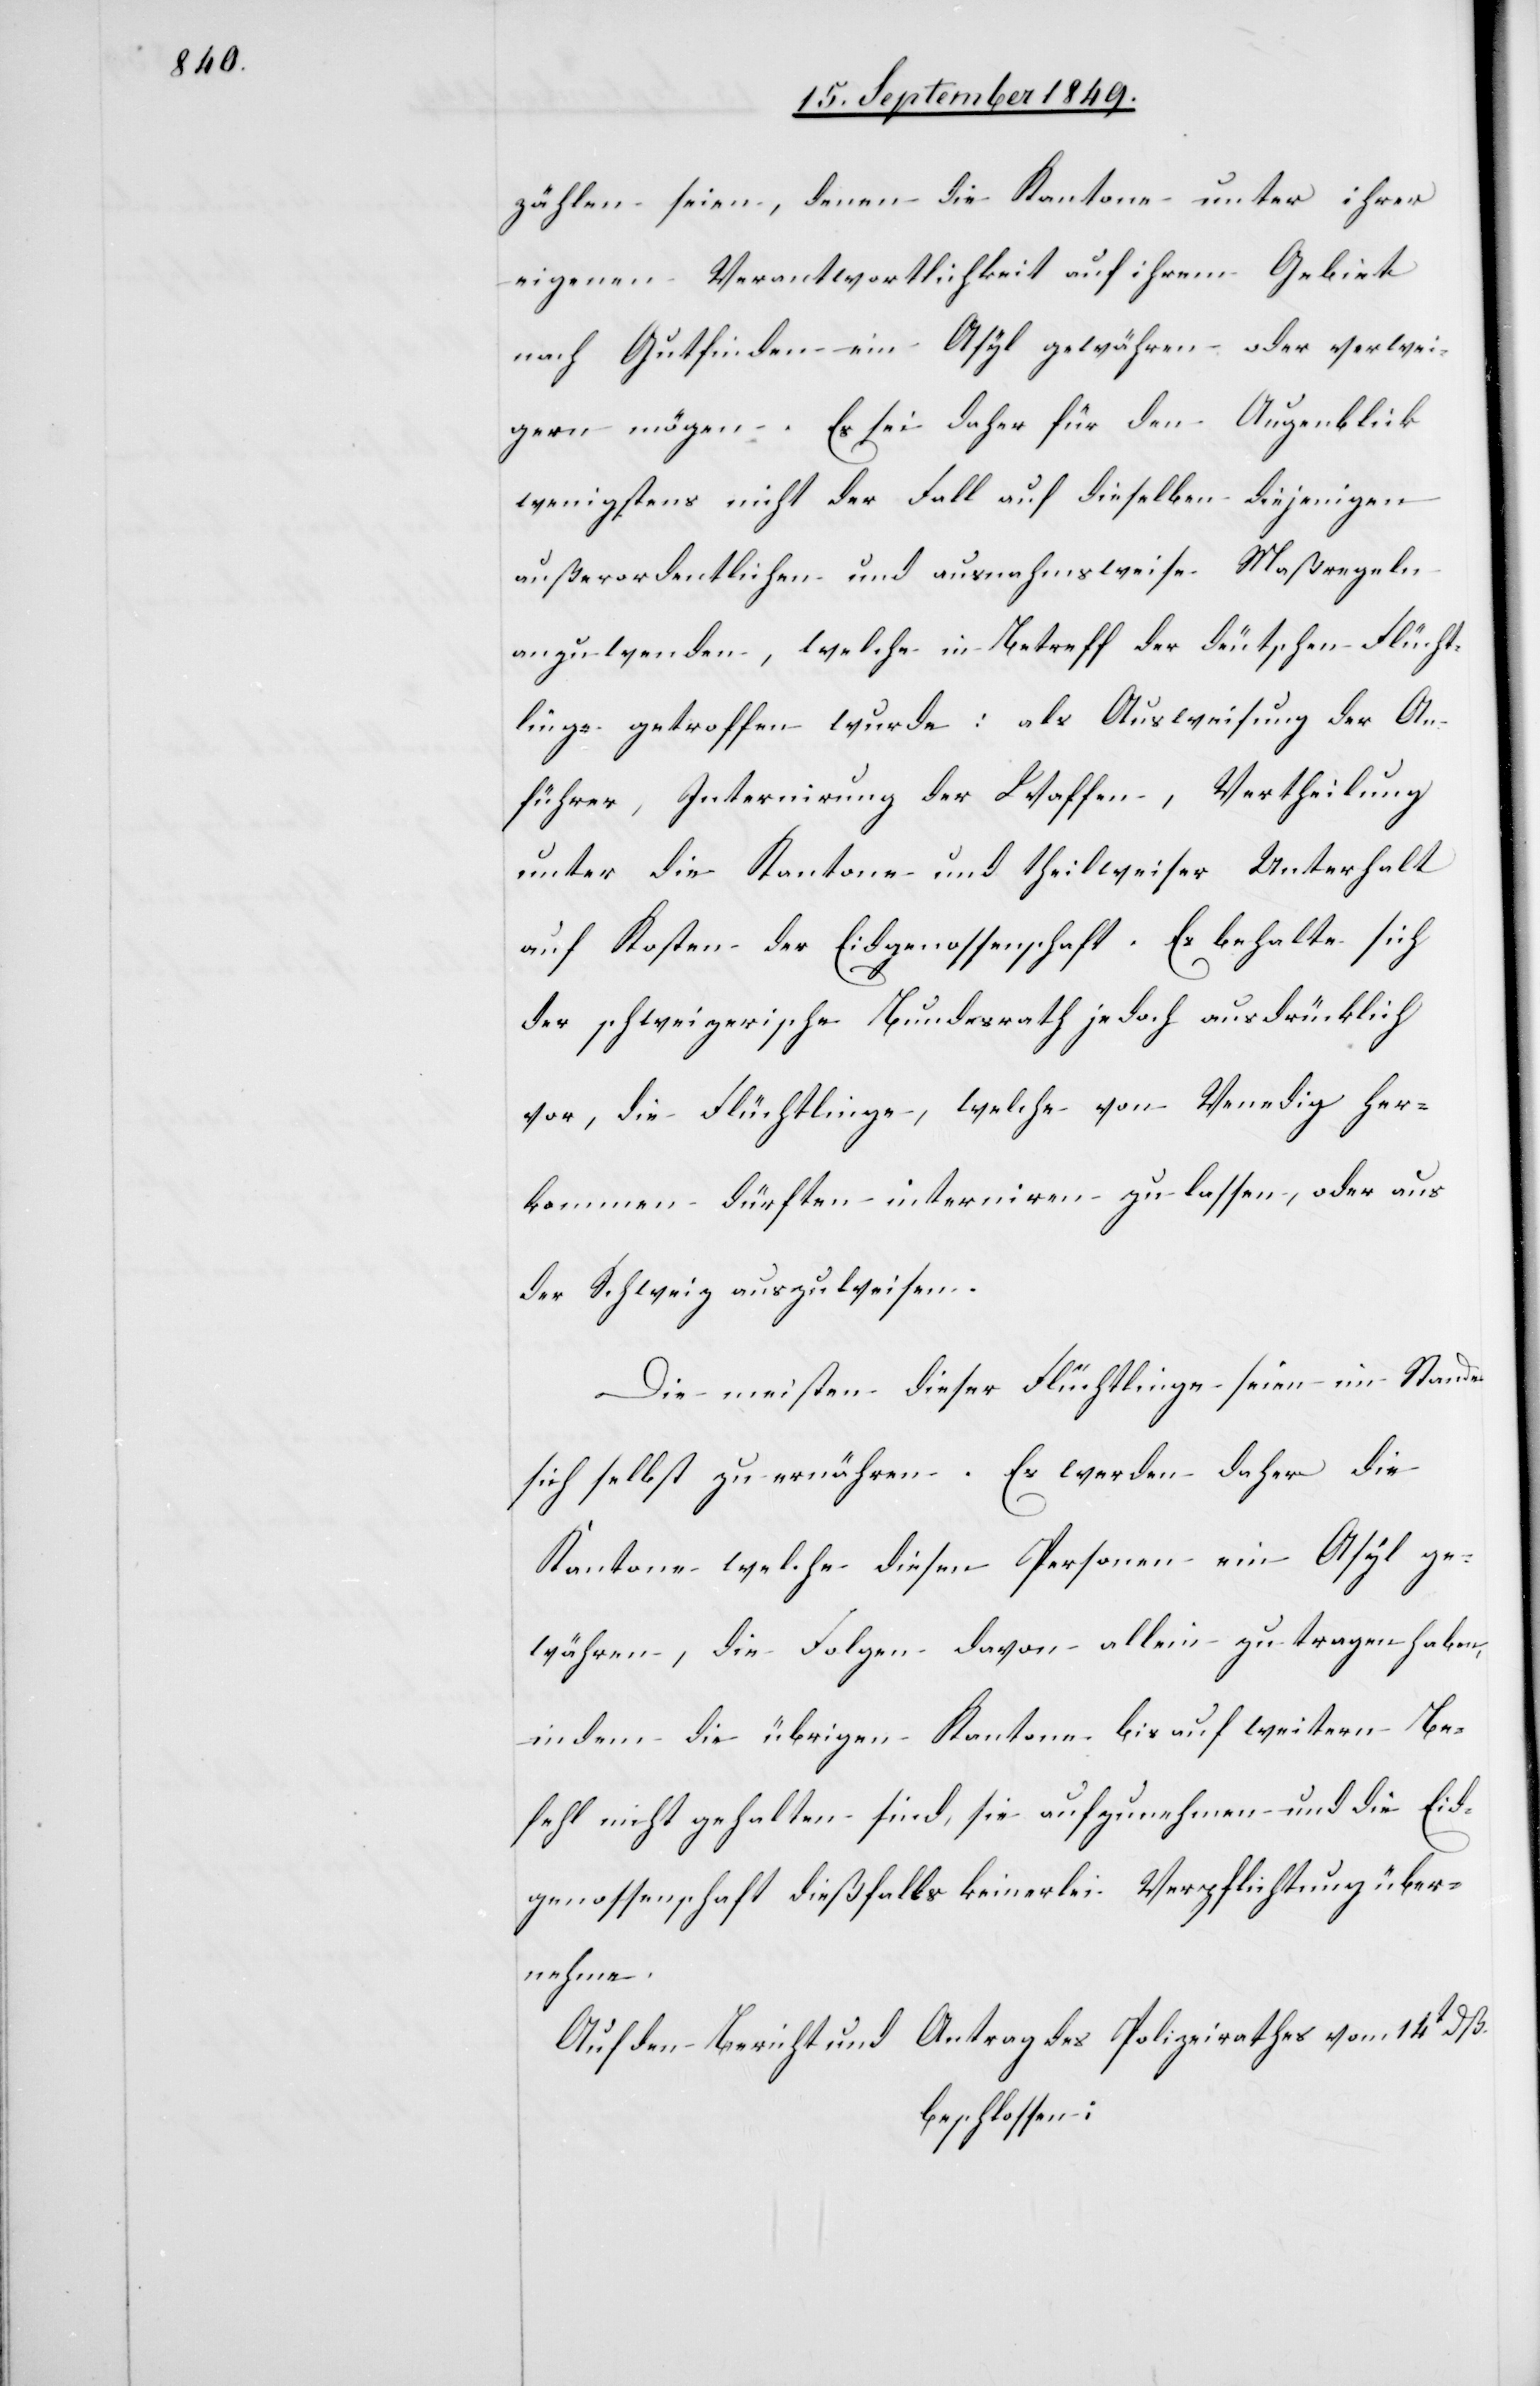
zählen seien, denen die Kantone unter ihrer
eigenen Verantwortlichkeit auf ihrem Gebiet
nach Gutfinden ein Asyl gewähren oder verwei¬
gern mögen. Es sei daher für den Augenblick
wenigstens nicht der Fall auf dieselben diejenigen
außerordentlichen und ausnahmsweise Maßregeln
anzuwenden, welche in Betreff der deutschen Flücht¬
linge getroffen wurde: als Ausweisung der An¬
führer, Internirung der Waffen, Vertheilung
unter die Kantone und theilweiser Unterhalt
auf Kosten der Eidgenossenschaft. Es behalte sich
der schweizerische Bundesrath jedoch ausdrücklich
vor, die Flüchtlinge, welche von Venedig her¬
kommen dürften interniren zu lassen, oder aus
der Schweiz auszuweisen.
Die meisten dieser Flüchtlinge seien im Stande
sich selbst zu ernähren. Es werden daher die
Kantone welche diesen Personen ein Asyl ge¬
währen, die Folgen davon allein zu tragen haben,
indem die übrigen Kantone bis auf weitern Be¬
fehl nicht gehalten sind, sie aufzunehmen und die Eid¬
genossenschaft dießfalls keinerlei Verpflichtung über¬
nehme.
Auf den Bericht und Antrag des Polizeirathes vom 14t dß.
beschlossen: